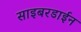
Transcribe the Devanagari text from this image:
साइबरडाईन